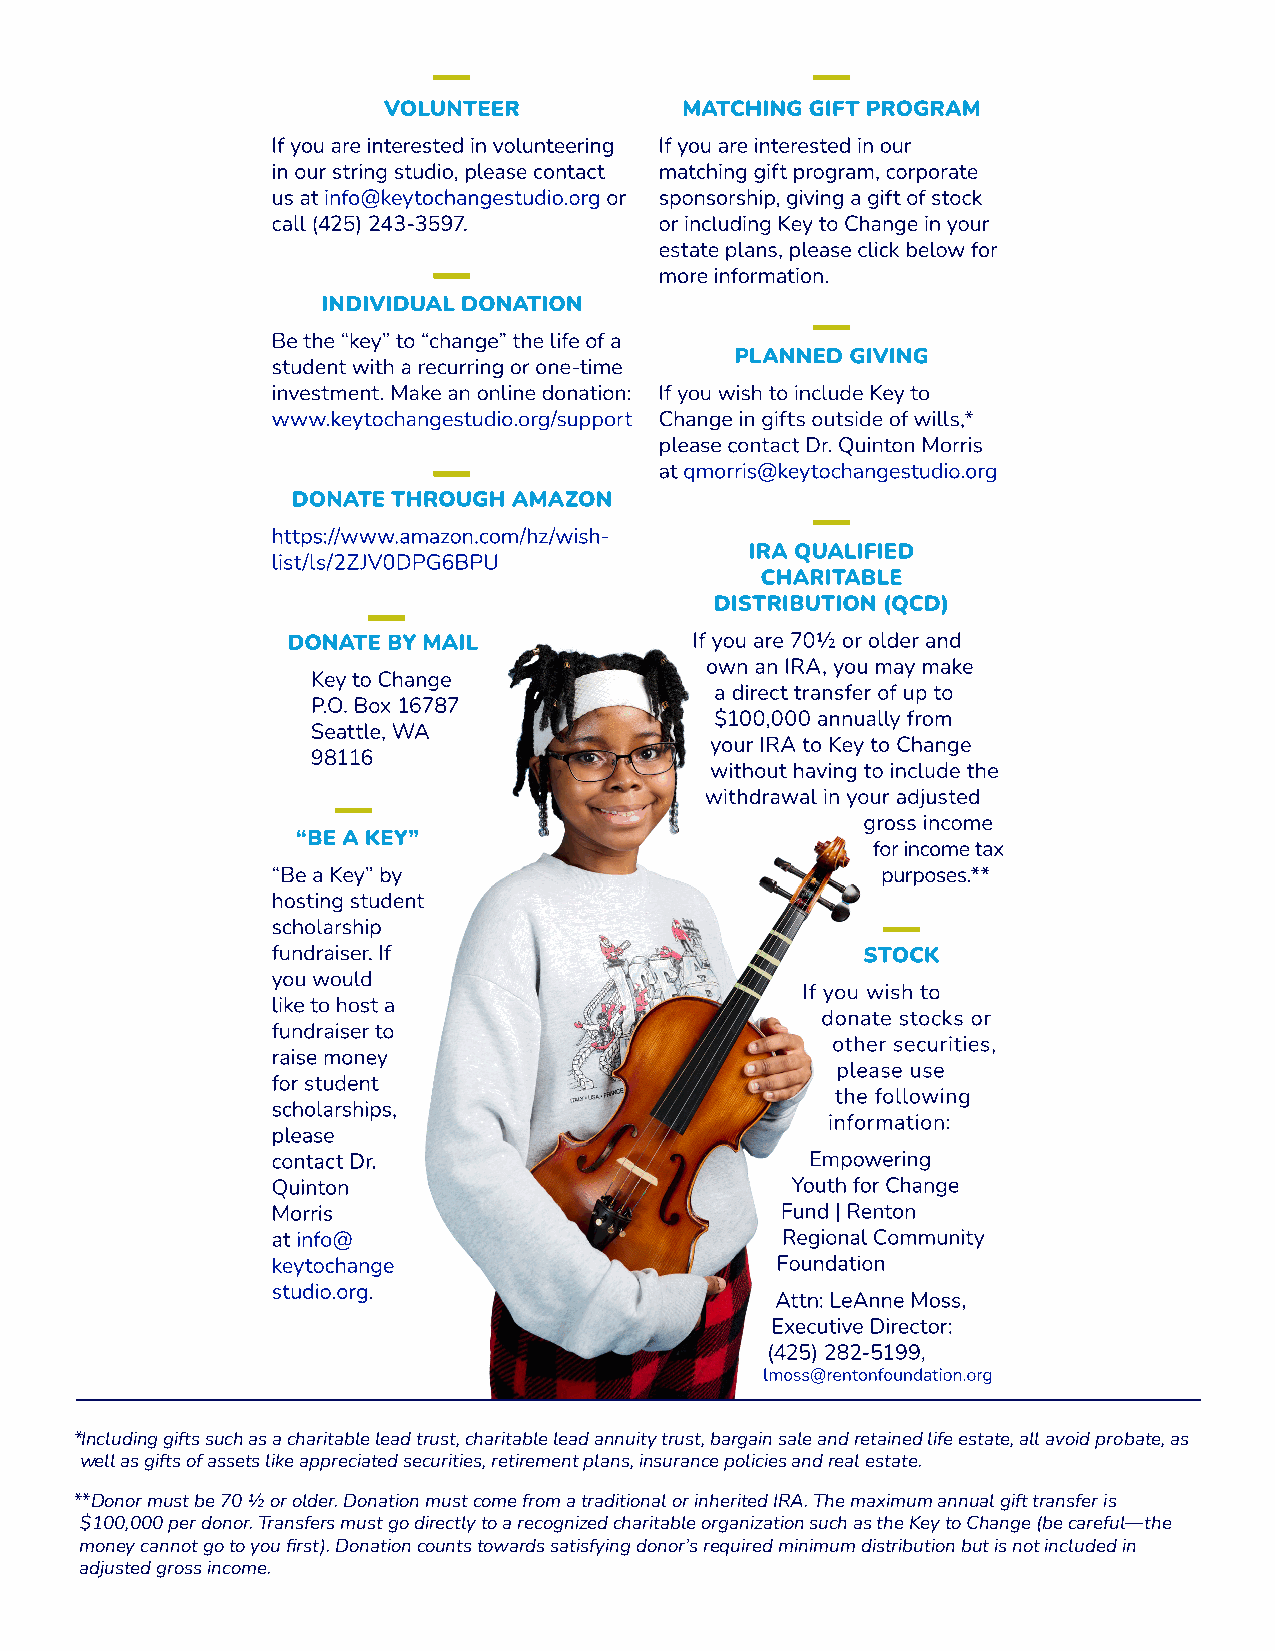
*Including gifts such as a charitable lead trust, charitable lead annuity trust, bargain sale and retained life estate, all avoid probate, as
 well as gifts of assets like appreciated securities, retirement plans, insurance policies and real estate.
 **Donor must be 70 ½ or older. Donation must come from a traditional or inherited IRA. The maximum annual gift transfer is
 $100,000 per donor. Transfers must go directly to a recognized charitable organization such as the Key to Change (be careful—the
 money cannot go to you first). Donation counts towards satisfying donor’s required minimum distribution but is not included in
 adjusted gross income.